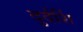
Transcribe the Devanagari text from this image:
दुर्दर्शि